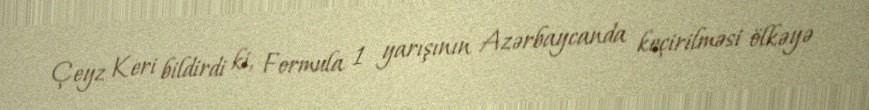
Çeyz Keri bildirdi ki, Formula 1 yarışının Azərbaycanda keçirilməsi ölkəyə